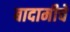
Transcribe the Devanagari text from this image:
बादामीचे